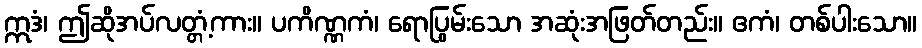
ဣဒံ၊ ဤဆိုအပ်လတ္တံ့ကား။ ပကိဏ္ဏကံ၊ ရောပြွမ်းသော အဆုံးအဖြတ်တည်း။ ဧကံ၊ တစ်ပါးသော။